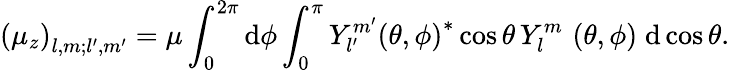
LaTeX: \left(\mu_{z}\right)_{l,m;l^{\prime},m^{\prime}}=\mu\int_{0}^{2\pi}\mathrm{d}\phi\int_{0}^{\pi}Y_{l^{\prime}}^{m^{\prime}}\left(\theta,\phi\right)^{*}\cos\theta\, Y_{l}^{m}\, \left(\theta,\phi\right)\; \mathrm{d}\cos\theta.